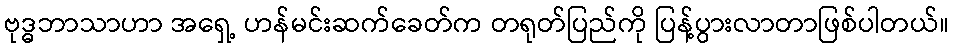
ဗုဒ္ဓဘာသာဟာ အရှေ့ ဟန်မင်းဆက်ခေတ်က တရုတ်ပြည်ကို ပြန့်ပွားလာတာဖြစ်ပါတယ်။